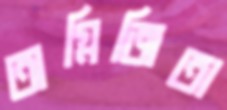
অগ্নিজিতা